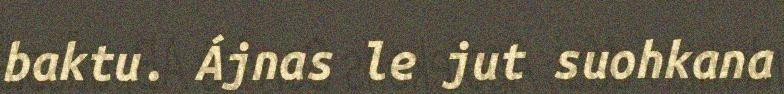
baktu. Ájnas le jut suohkana